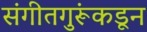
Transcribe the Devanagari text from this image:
संगीतगुरूंकडून